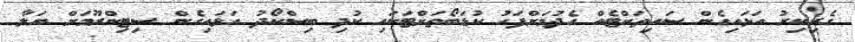
ގެރިކިރު އަޅައިގެން ސައިތަށްޓެއް ހެދުމަށްފަހު ކުޑަބޯތަށްޓަކައި ކުދި ބިސްކޯދު އަޅައިގެން ސިޓިންރޫމަށް ޔަލާ